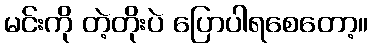
မင်းကို တဲ့တိုးပဲ ပြောပါရစေတော့။